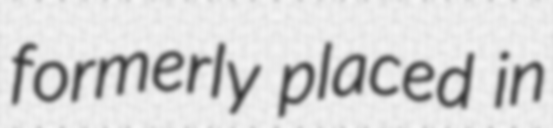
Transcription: formerly placed in